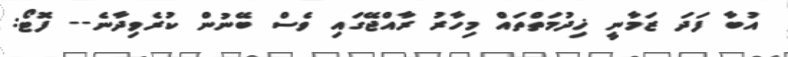
އުބާ ފަދަ ޒަމާނީ ޚިދުމަތްތައް މިހާރު ރާއްޖޭގައި ވެސް ބޭނުން ކުރެވިދާނެ-- ފޮޓޯ: